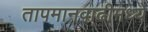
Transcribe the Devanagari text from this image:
तापमानवाढीमध्ये